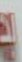
الد